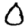
Digit: 0